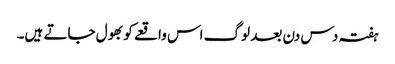
ہفتہ دس دن بعد لوگ اس واقعے کو بھول جاتے ہیں۔